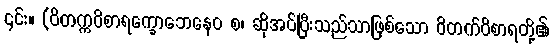
၎င်း။ (ဝိတက္ကဝိစာရက္ခောဘေနေဝ စ၊ ဆိုအပ်ပြီးသည်သာဖြစ်သော ဝိတက်ဝိစာရတို့၏